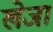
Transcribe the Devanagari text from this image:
खेजा